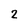
Character: 2